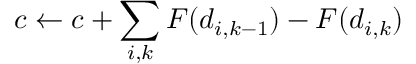
c \leftarrow c + \sum _ { i , k } F ( d _ { i , k - 1 } ) - F ( d _ { i , k } )